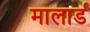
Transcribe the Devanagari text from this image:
मालार्ड